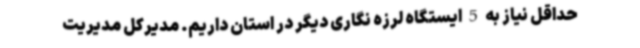
حداقل نیاز به 5 ایستگاه لرزه نگاری دیگر در استان داریم. مدیرکل مدیریت